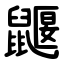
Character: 鼴